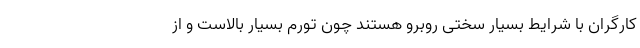
کارگران با شرایط بسیار سختی روبرو هستند چون تورم بسیار بالاست و از